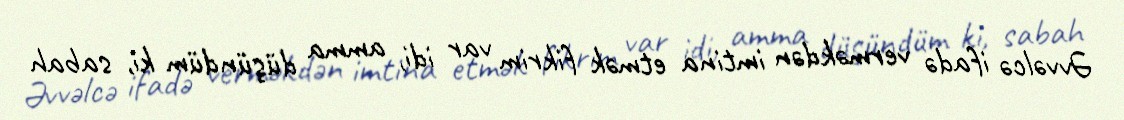
Əvvəlcə ifadə verməkdən imtina etmək fikrim var idi, amma düşündüm ki, sabah